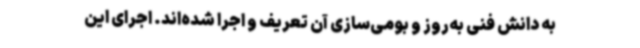
به دانش فنی به‌روز و بومی‌سازی آن تعریف و اجرا شده‌اند. اجرای این